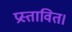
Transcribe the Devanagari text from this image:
प्रस्तावित।